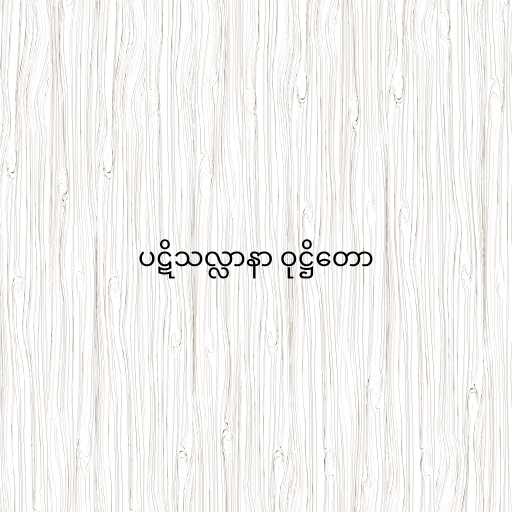
ပဋိသလ္လာနာ ဝုဋ္ဌိတော